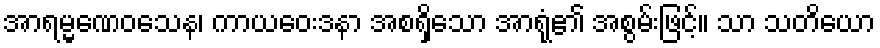
အာရမ္မဏေဝသေန၊ ကာယဝေးဒနာ အစရှိသော အာရုံ၏ အစွမ်းဖြင့်။ သာ သတိယော